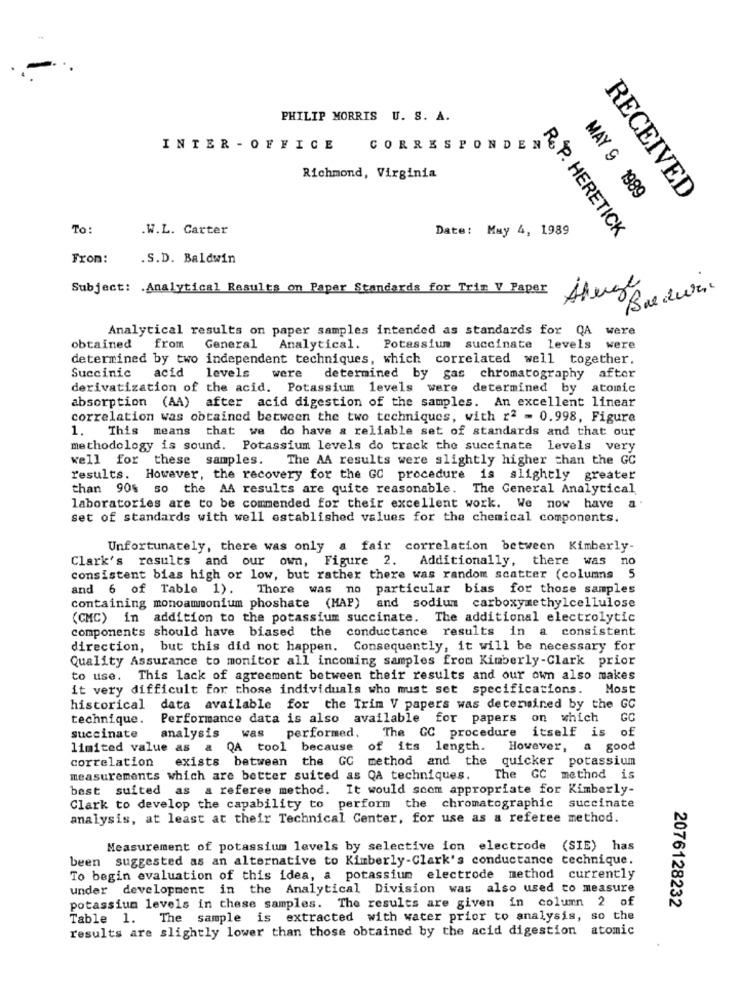
PHILIP MORRIS U. S. A.
INTER - OFFICE
CORRESPONDEN
Richmond, Virginia
MAY 9 1989
RECEIVED
To:
.W.L. Carter
Date: May 4, 1989
R& P. HERETICK
From:
.S.D. Baldwin
Subject: Analytical Results on Paper Standards for Trim V Paper
Analytical results on paper samples intended as standards for QA
were
obtained from General Analytical. Potassium succinate levels were
determined by two independent techniques, which correlated well together.
Succinic acid levels
were determined by gas chromatography after
derivatization of the acid. Potassium levels were
determined by atomic
absorption (AA) after acid digestion of the samples. An excellent linear
correlation was obtained between the two techniques, with r2 = 0.998, Figure
1. This means that we do have a reliable set of standards and that our
methodology is sound. Potassium levels do track the succinate levels very
well for these samples.
The AA results were slightly higher than the GC
results. However, the recovery for the GC procedure is slightly greater
than 90% so the AA results are quite reasonable. The General Analytical
laboratories are to be commended for their excellent work. We now have
set of standards with well established values for the chemical components.
Unfortunately, there was only a fair correlation between Kimberly-
Clark's results and our own, Figure 2. Additionally, there was no
consistent bias high or low, but rather there was random scatter (columns 5
and 6 of Table 1). There was no particular bias for those samples
containing monoammonium phoshate (MAP) and sodium carboxymethylcellulose
(CMC) in addition to the potassium succinate. The additional electrolytic
components should have biased the conductance results in a consistent
direction, but this did not happen. Consequently, it will be necessary for
Quality Assurance to monitor all incoming samples from Kimberly-Clark prior
to use. This lack of agreement between their results and our own also makes
it very difficult for those individuals who must set specifications.
Most
historical data available for the Trim V papers was determined by the GC
technique. Performance data is also available for papers
on which
GC
The GC procedure
itself is of
succinate
analysis
was performed.
limited value as & QA tool because
of its length. However, a good
correlation
exists between the GC method and the quicker potassium
measurements which are better suited as QA techniques.
The GC method is
best suited as a referee method. It would soom appropriate for Kimberly-
Clark to develop the capability to perform the chromatographic succinate
analysis, at least at their Technical Center, for use as a referee method.
Measurement of potassium levels by selective ion electrode
(SIE) has
been suggested as an alternative to Kimberly-Clark's conductance technique.
To begin evaluation of this idea, a potassium electrode method currently
under development in the Analytical Division was also used to measure
potassium levels in these samples. The results are given in column 2 of
2076128232
Table 1. The sample is extracted with water prior to analysis, so the
results are slightly lower than those obtained by the acid digestion atomic